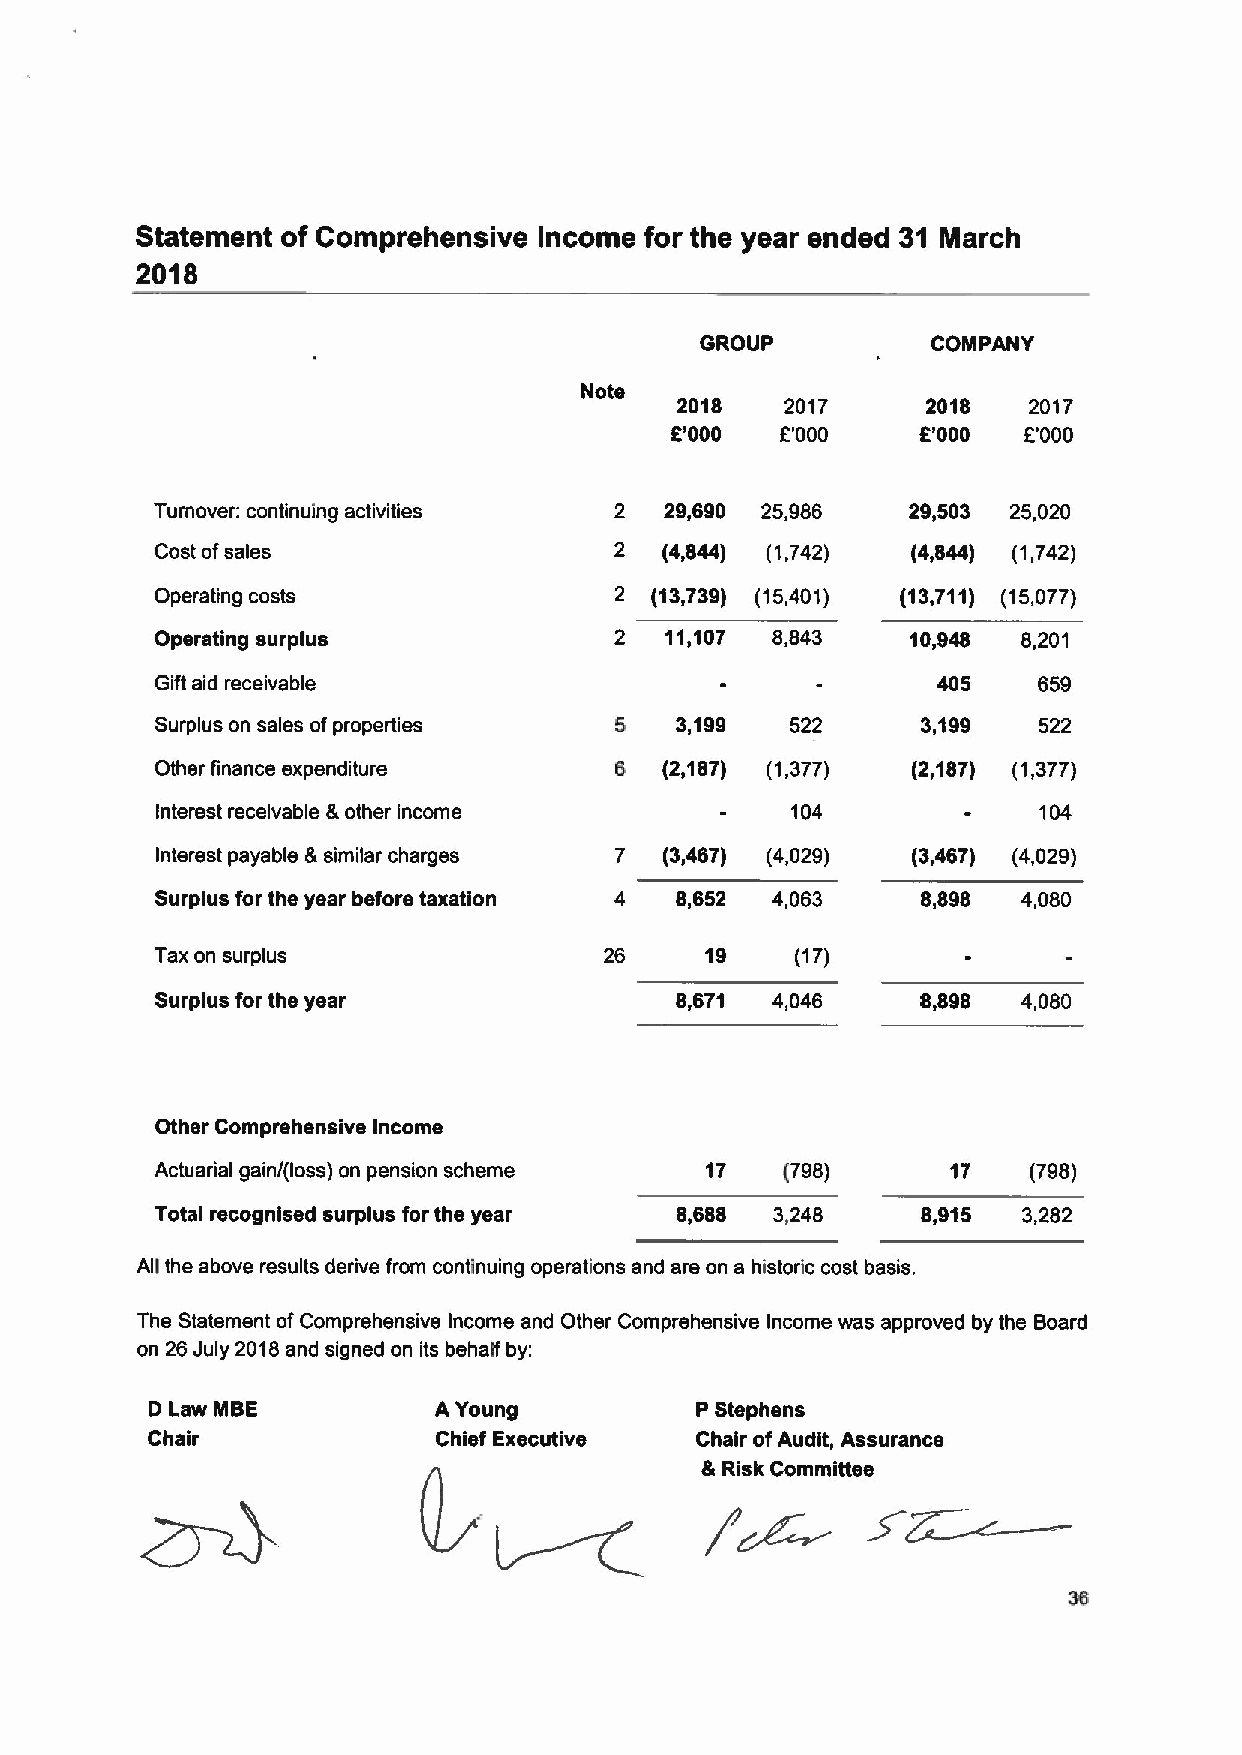
Statement of Comprehensive Income for the year ended 31 March
 2018
 GROUP           COMPANY
 2018   2017     2018   2017
 6'000   E'000    E'000  6'000
 Turnover: continuing activities 2 29,690 25,986   29,503 25,020
 Cost ofsales                   2  (4,844) (1,742) (4,844) (1,742)
 Operating costs                2 (13,739) (15,401) (13,711) (15,077)
 Operating surplus              2  11,107 8,843    10,948  8,201
 Gift aid receivable                                 405    659
 Surplus on sales ofproperties  5   3,199  522      3,199   522
 Other finance expenditure      6  (2,187) (1,377) (2,187) (1,377)
 Interest receivable &other income         104              104
 Interest payable &similar charges 7 (3,467) (4,029) (3,467) (4,029)
 Surplus for the year before taxation 4 8,652 4,063 8,898  4,080
 Tax on surplus                26     19    (17)
 Surplus for the year               8,671 4,046     8,898  4,080
 Other Comprehensive Income
 Actuarial gain/(loss) on pension scheme 17 (798)     17   (798)
 Total recognised surplus for the year 8,688 3,248  8,915  3,282
 All the above results derive from continuing operations and are on a historic cost basis.
 The Statement ofComprehensive Income and Other Comprehensive Income was approved by the Board
 on 26July 2018and signed on its behalf by:
 D Law MBE          AYoung           P Stephens
 Chair              Chief Executive  Chair ofAudit, Assurance
 &Risk Committee